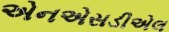
એનએસડીએલ